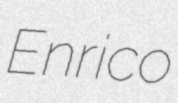
Enrico